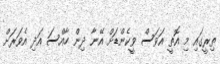
ތިރީގައި މި އޮތީ އަވަސް ވީކެންޑަށް އޭނާ ދިން ހާއްސަ އަދި އެވަރަށް